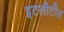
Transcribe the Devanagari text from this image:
इटलीटील